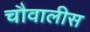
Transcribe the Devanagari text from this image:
चौवालीस